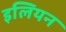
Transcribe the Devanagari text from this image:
इलियन